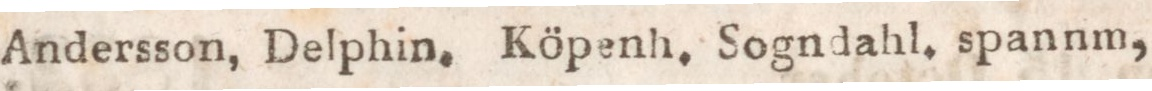
Andersson, Delphin, Köpenh, Sogndahl. spannm,